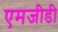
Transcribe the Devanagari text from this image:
एमजीडी